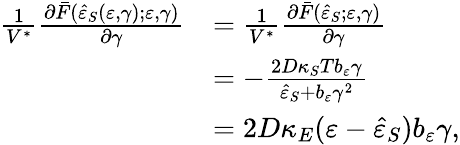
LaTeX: \begin{array}{rl}{\frac{1}{V^{\ast}}\frac{\partial\bar{F}(\hat{\varepsilon}_{S}(\varepsilon,\gamma);\varepsilon,\gamma)}{\partial\gamma}}&{=\frac{1}{V^{\ast}}\frac{\partial\bar{F}(\hat{\varepsilon}_{S};\varepsilon,\gamma)}{\partial\gamma}}\\ &{=-\frac{2D\kappa_{S}Tb_{\varepsilon}\gamma}{\hat{\varepsilon}_{S}+b_{\varepsilon}\gamma^{2}}}\\ &{=2D\kappa_{E}(\varepsilon-\hat{\varepsilon}_{S})b_{\varepsilon}\gamma,}\end{array}